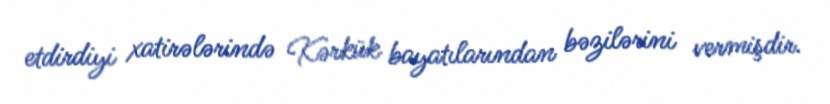
etdirdiyi xatirələrində Kərkük bayatılarından bəzilərini vermişdir.